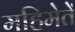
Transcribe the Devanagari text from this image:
महिमेतें